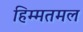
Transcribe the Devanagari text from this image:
हिम्मतमल